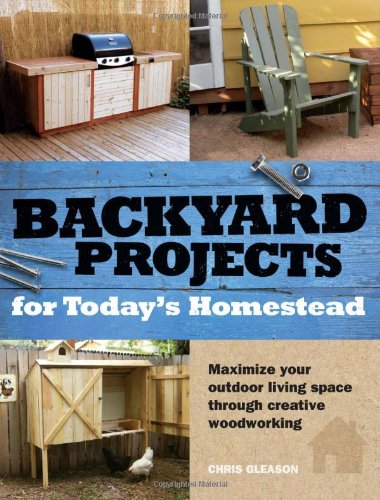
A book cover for Backyard Projects for Today's Homestead; Chris Gleason; Crafts, Hobbies & Home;